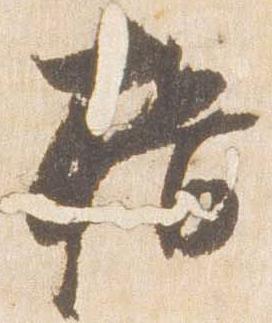
揖